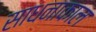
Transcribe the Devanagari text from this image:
साधनाकाल